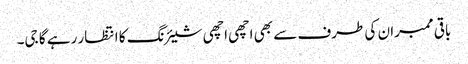
باقی ممبران کی طرف سے بھی اچھی اچھی شیئرنگ کا انتظار رہے گا جی۔